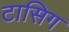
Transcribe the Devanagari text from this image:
टासिग